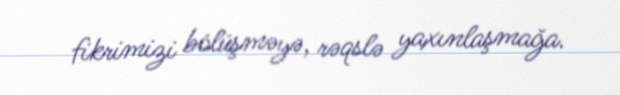
fikrimizi bölüşməyə, rəqslə yaxınlaşmağa.